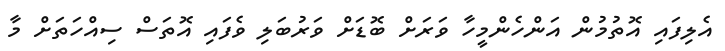
އެލިފައި އޮތުމުން އަންހެންމީހާ ވަރަށް ބޮޑަށް ވަރުބަލި ވެފައި އޮތަސް ސިއްހަތަށް މާ